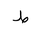
Letter: _da